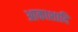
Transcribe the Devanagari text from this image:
आकाशादि